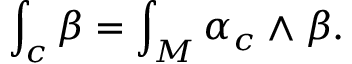
\int _ { c } \beta = \int _ { M } \alpha _ { c } \wedge \beta .